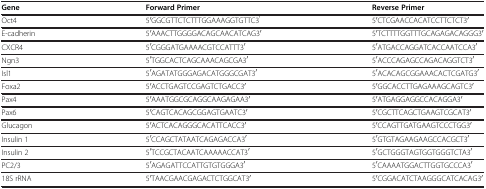
<table><thead><tr><td><b>Gene</b></td><td><b>Forward Primer</b></td><td><b>Reverse Primer</b></td></tr></thead><tbody><tr><td>Oct4</td><td>5′GGCGTTCTCTTTGGAAAGGTGTTC3′</td><td>5′CTCGAACCACATCCTTCTCT3′</td></tr><tr><td>E-cadherin</td><td>5′AAACTTGGGGACAGCAACATCAG3′</td><td>5′TCTTTTGGTTTGCAGAGACAGGG3′</td></tr><tr><td>CXCR4</td><td>5′CGGGATGAAAACGTCCATTT3′</td><td>5′ATGACCAGGATCACCAATCCA3′</td></tr><tr><td>Ngn3</td><td>5′TGGCACTCAGCAAACAGCGA3′</td><td>5′ACCCAGAGCCAGACAGGTCT3′</td></tr><tr><td>Isl1</td><td>5′AGATATGGGAGACATGGGCGAT3′</td><td>5′ACACAGCGGAAACACTCGATG3′</td></tr><tr><td>Foxa2</td><td>5′ACCTGAGTCCGAGTCTGACC3′</td><td>5′GGCACCTTGAGAAAGCAGTC3′</td></tr><tr><td>Pax4</td><td>5′AAATGGCGCAGGCAAGAGAA3′</td><td>5′ATGAGGAGGCCACAGGA3′</td></tr><tr><td>Pax6</td><td>5′CAGTCACAGCGGAGTGAATC3′</td><td>5′CGCTTCAGCTGAAGTCGCAT3′</td></tr><tr><td>Glucagon</td><td>5′ACTCACAGGGCACATTCACC3′</td><td>5′CCAGTTGATGAAGTCCCTGG3′</td></tr><tr><td>Insulin 1</td><td>5′CCAGCTATAATCAGAGACCA3′</td><td>5′GTGTAGAAGAAGCCACGCT3′</td></tr><tr><td>Insulin 2</td><td>5′TCCGCTACAATCAAAAACCAT3′</td><td>5′GCTGGGTAGTGGTGGGTCTA3′</td></tr><tr><td>PC2/3</td><td>5′AGAGATTCCATTGTGTGGGA3′</td><td>5′CAAAATGGACTTGGTGCCCA3′</td></tr><tr><td>18S rRNA</td><td>5′TAACGAACGAGACTCTGGCAT3′</td><td>5′CGGACATCTAAGGGCATCACAG3′</td></tr></tbody></table>